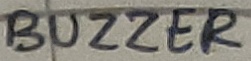
Text: BUZZER